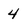
Character: 4